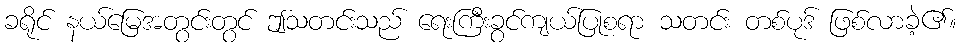
ခရိုင် နယ်မြေအတွင်းတွင် ဤသတင်းသည် ရေးကြီးခွင်ကျယ်ပြုစရာ သတင်း တစ်ပုဒ် ဖြစ်လာခဲ့၏။